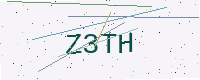
Text: Z3TH